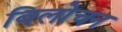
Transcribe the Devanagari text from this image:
बिलोचन